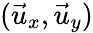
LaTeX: (\vec{u}_{x},\vec{u}_{y})